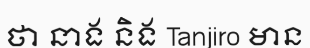
ថា នាង និង Tanjiro មាន